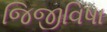
જિજીવિષા